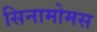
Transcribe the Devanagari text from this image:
सिनामोमस